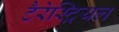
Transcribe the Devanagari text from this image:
टैरेस्ट्रियल